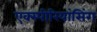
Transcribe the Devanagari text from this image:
एक्स्पीरियांसिंग